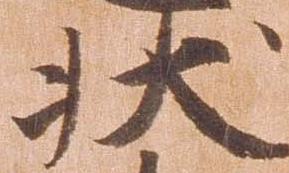
状